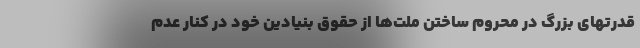
قدرتهای بزرگ در محروم ساختن ملت‌ها از حقوق بنیادین خود در کنار عدم